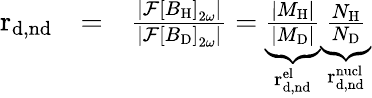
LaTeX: \begin{array}{rlr}{\mathrm{r_{d,nd}}}&{=}&{\frac{|{\cal F}\left[B_{\mathrm{H}}\right]_{2\omega}|}{|{\cal F}\left[B_{\mathrm{D}}\right]_{2\omega}|}=\underbrace{\frac{|M_{\mathrm{H}}|}{|M_{\mathrm{D}}|}}_{\mathrm{~\mathrm{r^{el}_{d,nd}}~}}\underbrace{\frac{N_{\mathrm{H}}}{N_{\mathrm{D}}}}_{\mathrm{~\mathrm{r^{nucl}_{d,nd}}~}}}\end{array}